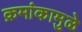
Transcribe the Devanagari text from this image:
क्रमांकामुळे